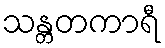
သန္တတကာရီ